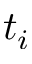
t _ { i }